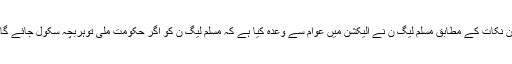
ان نکات کے مطابق مسلم لیگ ن نے الیکشن میں عوام سے وعدہ کیا ہے کہ مسلم لیگ ن کو اگر حکومت ملی توہربچہ سکول جائے گا۔